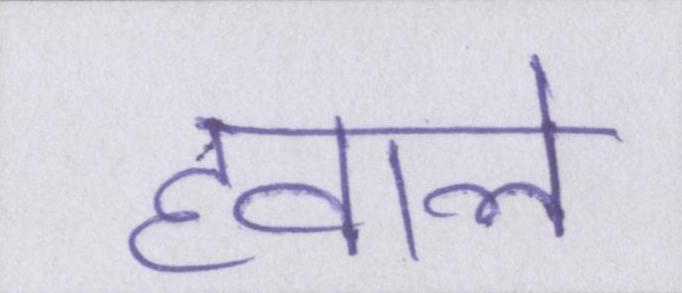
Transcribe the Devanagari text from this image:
हवाले